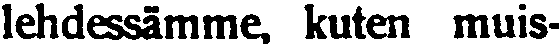
lehdessämme, kuten muis-